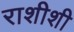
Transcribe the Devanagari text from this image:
राशीशी